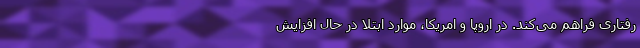
رفتاری فراهم می‌کند. در اروپا و امریکا، موارد ابتلا در حال افزایش